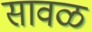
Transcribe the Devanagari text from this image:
सावळ